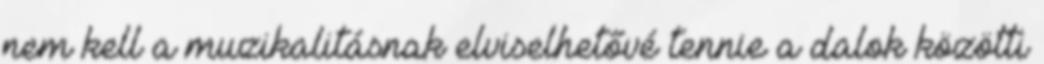
nem kell a muzikalitásnak elviselhetővé tennie a dalok közötti